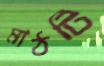
মাঠটি